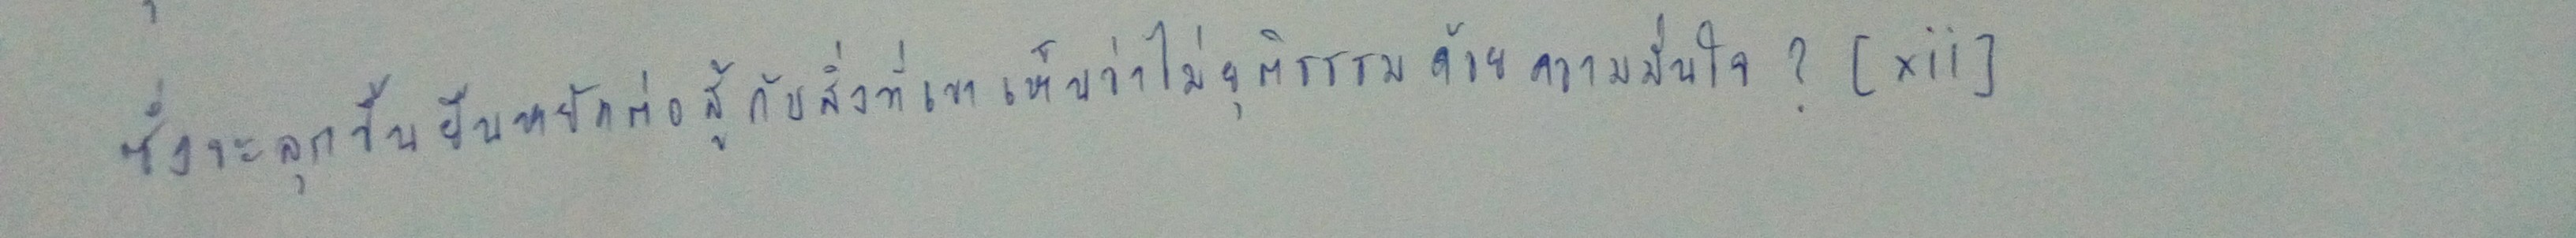
ซึ่งจะลุกขึ้นยืนหยัดต่อสู้กับสิ่งที่เขาเห็นว่าไม่ยุติธรรมด้วยความมั่นใจ?[xii]